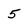
Character: 5